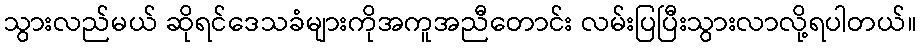
သွားလည်မယ် ဆိုရင်ဒေသခံများကိုအကူအညီတောင်း လမ်းပြပြီးသွားလာလို့ရပါတယ်။